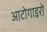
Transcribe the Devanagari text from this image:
आटोगाइरो